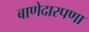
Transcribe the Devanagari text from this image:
बाणेदारपणा